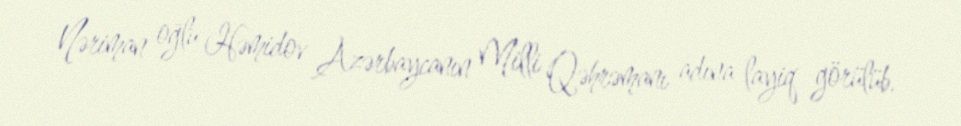
Nəriman oğlu Həmidov Azərbaycanın Milli Qəhrəmanı adına layiq görülüb.